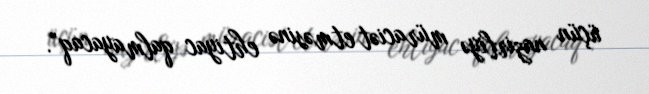
üçün nazirliyə müraciət etməsinə ehtiyac qalmayacaq”.